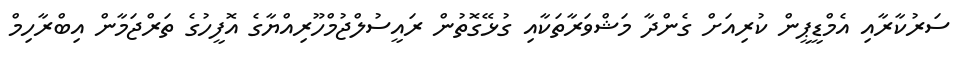
ސަރުކާރާއި އެމްޑީޕީން ކުރިއަށް ގެންދާ މަޝްވަރާތަކާއި ގުޅޭގޮތުން ރައީސުލްޖުމްހޫރިއްޔާގެ އޮފީހުގެ ތަރްޖަމާން އިބްރާހިމް